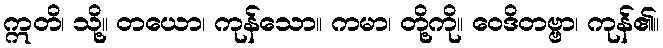
ဣတိ၊ သို့။ တယော၊ ကုန်သော။ ကမာ၊ တို့ကို။ ဝေဒိတဗ္ဗာ၊ ကုန်၏။